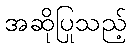
အဆိုပြုသည့်